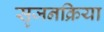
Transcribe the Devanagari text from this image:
सृजनक्रिया